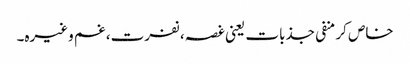
خاص کر منفی جذبات یعنی غصہ، نفرت، غم وغیرہ۔